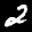
Label: 2